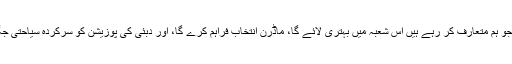
ہمیں یقین ہے کہ نئے برانڈز جو ہم متعارف کر رہے ہیں اس شعبہ میں بہتری لائے گا، ماڈرن انتخاب فراہم کرے گا، اور دبئی کی پوزیشن کو سرکردہ سیاحتی جگہ کے طور پر قائم کرے گا۔